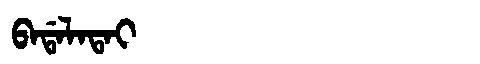
Manchu: ᠪᠠᡩᠠᠯᠠᡨᠠᡳ
Romanization: BADALATAI